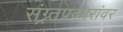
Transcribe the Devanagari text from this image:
संग्र्र्तप्रकारांवर